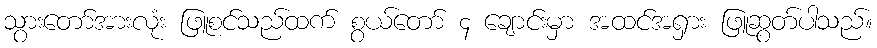
သွားတော်အားလုံး ဖြူစင်သည်ထက် စွယ်တော် ၄ ချောင်းမှာ အထင်အရှား ဖြူဆွတ်ပါသည်။